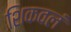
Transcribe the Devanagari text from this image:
शिकवलं